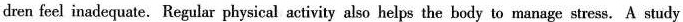
dren feel inadequate. Regular physical activity also helps the body to manage stress. A study